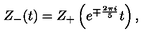
Z _ { - } ( t ) = Z _ { + } \left( e ^ { \mp { \frac { 2 \pi i } { 5 } } } t \right) ,